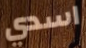
اسدي